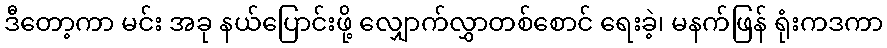
ဒီတော့ကာ မင်း အခု နယ်ပြောင်းဖို့ လျှောက်လွှာတစ်စောင် ရေးခဲ့၊ မနက်ဖြန် ရုံးကဒကာ